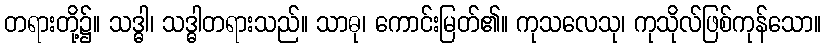
တရားတို့၌။ သဒ္ဓါ၊ သဒ္ဓါတရားသည်။ သာဓု၊ ကောင်းမြတ်၏။ ကုသလေသု၊ ကုသိုလ်ဖြစ်ကုန်သော။